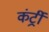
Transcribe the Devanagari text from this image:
कंर्ट्री